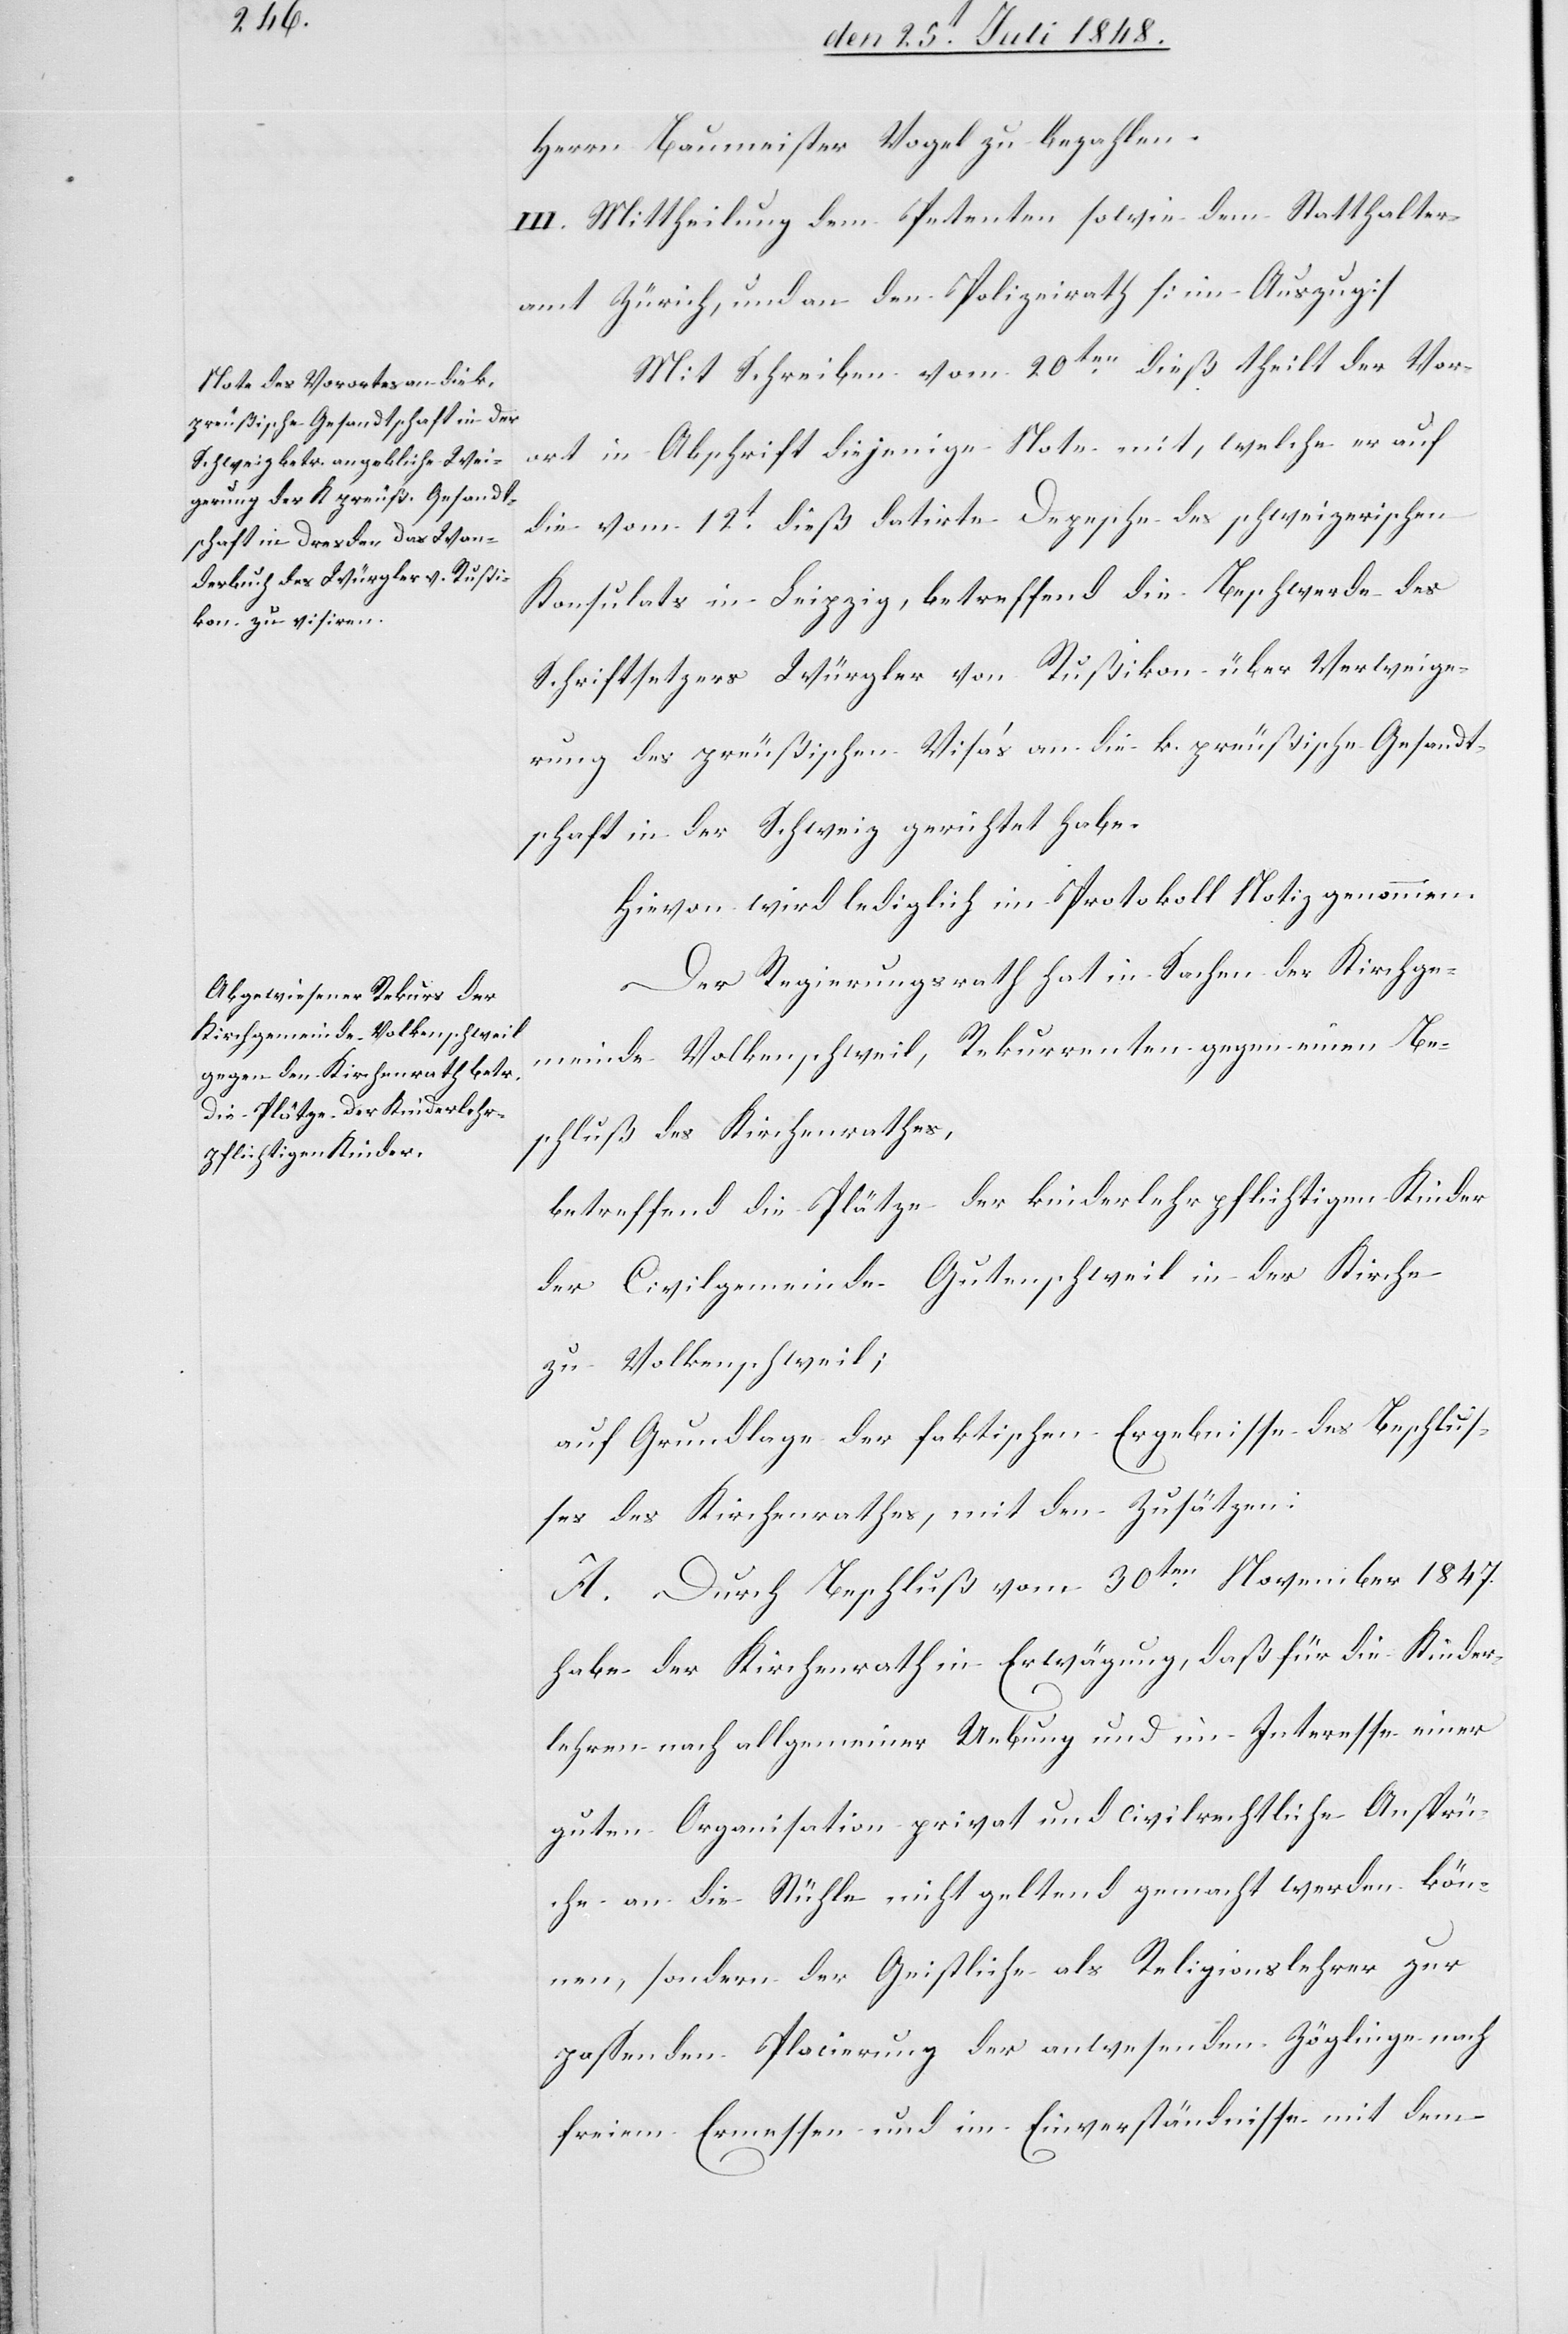
Herrn Baumeister Vogel zu bezahlen.
III. Mittheilung dem Petenten sowie dem Statthalter¬
amt Zürich, und an den Polizeirath [im Auszug].
Mit Schreiben vom 20ten dieß theilt der Vor¬
ort in Abschrift diejenige Note mit, welche er auf
die vom 12t dieß datirte Depesche des schweizerischen
Konsulats in Leipzig, betreffend die Beschwerde des
Schriftsetzers Würgler von Rußikon über Verweige¬
rung des preußischen Visa’s an die k. preußische Gesandt¬
schaft in der Schweiz gerichtet habe.
Hievon wird lediglich im Protokoll Notiz genommen.
Der Regierungsrath hat in Sachen der Kirchge¬
meinde Volkenschweil, Rekurrenten gegen einen Be¬
schluß des Kirchenrathes,
betreffend die Plätze der kinderlehrpflichtigen Kinder
der Civilgemeinde Gutenschweil in der Kirche
zu Volkenschweil;
auf Grundlage der faktischen Ergebnisse des Beschlus¬
ses des Kirchenrathes, mit den Zusätzen:
A. Durch Beschluß vom 30ten November 1847.
habe der Kirchenrath in Erwägung, daß für die Kinder¬
lehren nach allgemeiner Uebung und im Interesse einer
guten Organisation privat und civilrechtliche Ansprü¬
che an die Stühle nicht geltend gemacht werden kön¬
nen, sondern der Geistliche als Religionslehrer zur
passenden Placierung der anwesenden Zöglinge nach
freiem Ermessen und im Einverständnisse mit dem